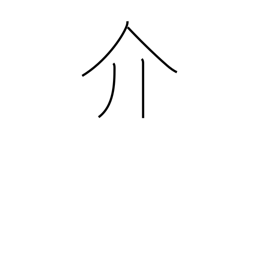
Meaning: mediate